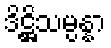
ဒိဋ္ဌိသမ္ပန္နာ